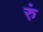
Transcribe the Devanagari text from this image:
रुं